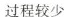
过程较少